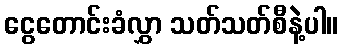
ငွေတောင်းခံလွှာ သတ်သတ်စီနဲ့ပါ။